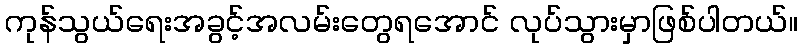
ကုန်သွယ်ရေးအခွင့်အလမ်းတွေရအောင် လုပ်သွားမှာဖြစ်ပါတယ်။